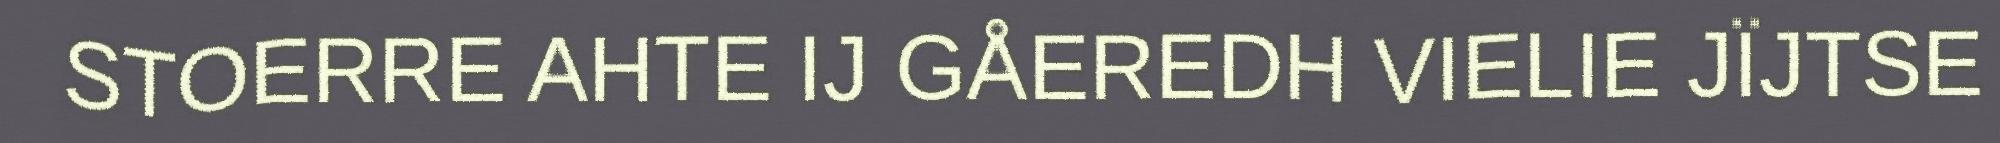
STOERRE AHTE IJ GÅEREDH VIELIE JÏJTSE